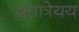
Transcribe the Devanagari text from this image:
दत्तात्रेयय